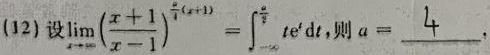
(12) 设$\lim_{x \to \infty} \left(\frac{x + 1}{x - 1}\right)^{\frac{x}{2}(1 + a)} = \int_{-\infty}^{a} t \mathrm{e}^{t} \mathrm{d}t$,则$a = \underline{4}$.